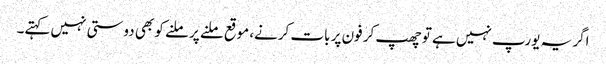
اگر یہ یورپ نہیں ہے تو چھپ کر فون پر بات کرنے، موقع ملنے پر ملنے کو بھی دوستی نہیں کہتے۔